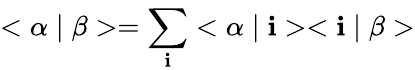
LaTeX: <\alpha\mid\beta>=\sum_{\mathbf{i}}^{}<\alpha\mid\mathbf{i}><\mathbf{i}\mid\beta>